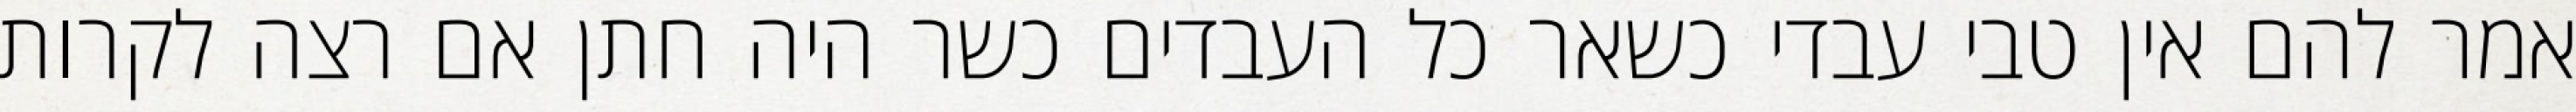
אמר להם אין טבי עבדי כשאר כל העבדים כשר היה חתן אם רצה לקרות